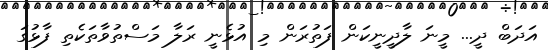
އަދަބް ދީ... މީނަ ލާދީނީކަން ފަތުރަން މި އުޅެނީ ރަލާ މަސްތުވާތަކެތި ފާޅުގަ